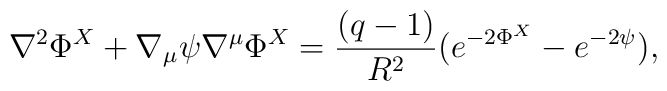
\nabla^2\Phi^X+\nabla_\mu\psi\nabla^\mu\Phi^X=\frac{(q-1)}{R^2}(e^{-2\Phi^X}-e^{-2\psi}),